Source: Handwritten
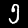
Digit: ၅ (5)